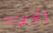
الجاذبيه